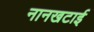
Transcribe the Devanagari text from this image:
नानखटाई